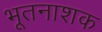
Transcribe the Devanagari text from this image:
भूतनाशक